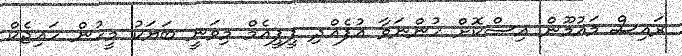
ރައިސް މައުމޫން އިސްކޮށް ހުންނަވާ އުފެއްދި ޕީޕީއެމް މިވަނީ ބަޔަކު މީހުން ހައިޖެކް